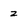
Character: z